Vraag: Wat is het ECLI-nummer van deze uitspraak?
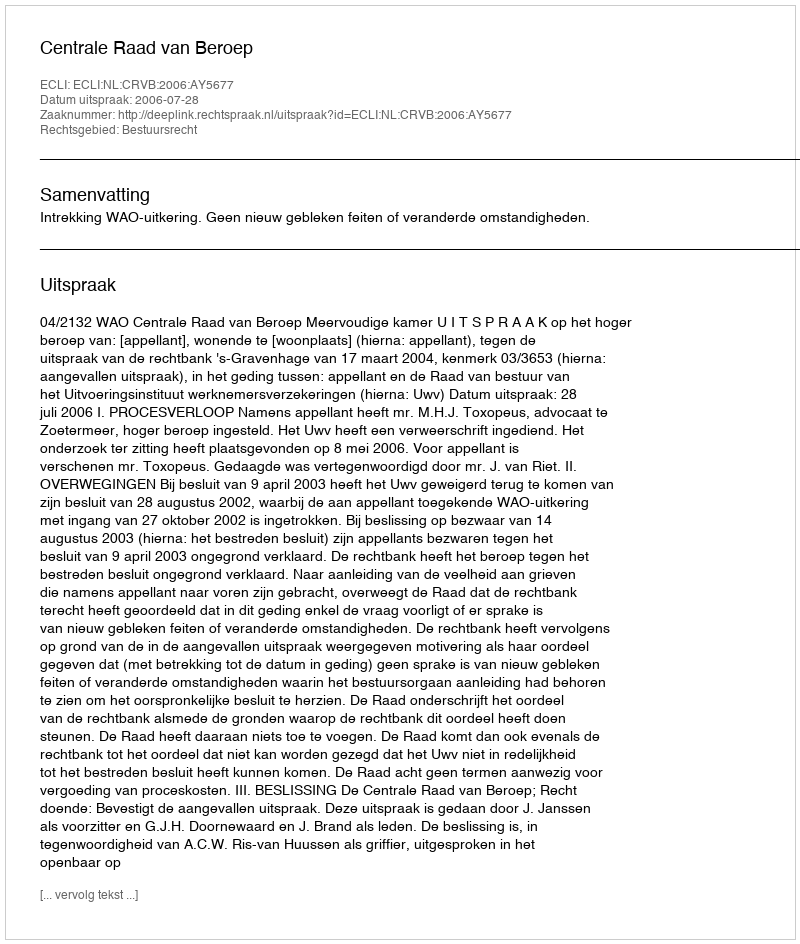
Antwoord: ECLI:NL:CRVB:2006:AY5677